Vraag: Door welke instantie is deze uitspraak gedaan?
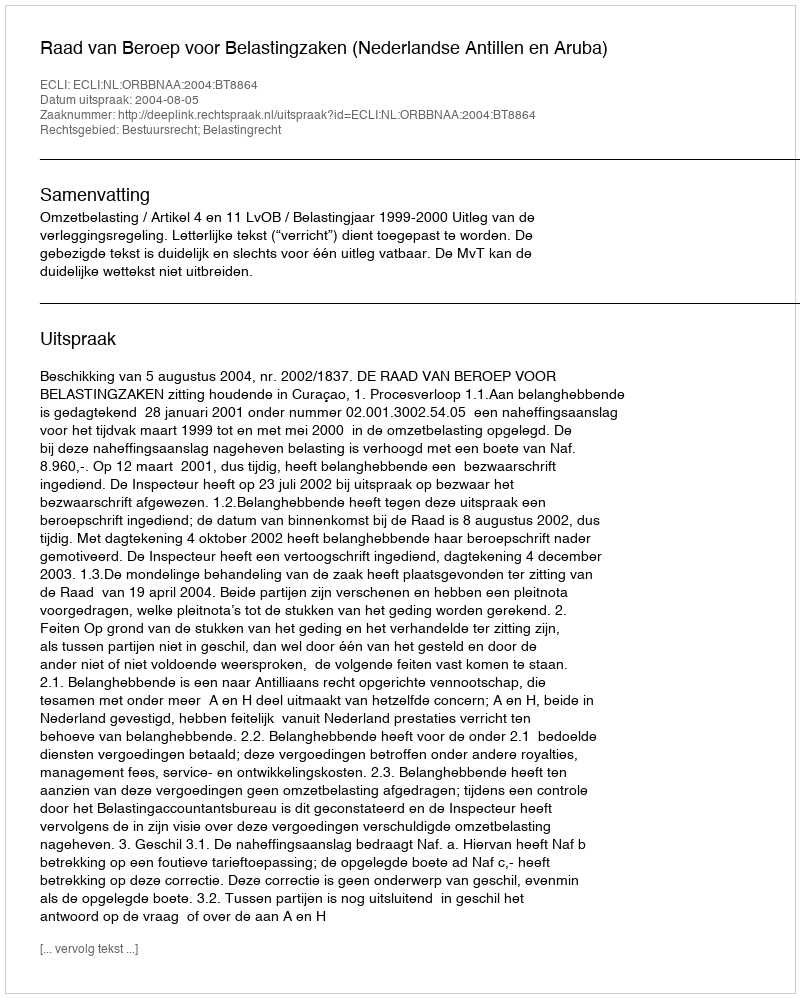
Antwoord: Raad van Beroep voor Belastingzaken (Nederlandse Antillen en Aruba)